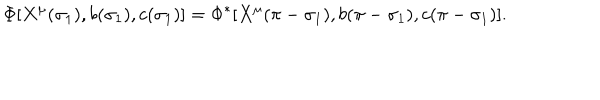
\Phi [ X ^ { \mu } ( \sigma _ { 1 } ) , b ( \sigma _ { 1 } ) , c ( \sigma _ { 1 } ) ] = \Phi ^ { * } [ X ^ { \mu } ( \pi - \sigma _ { 1 } ) , b ( \pi - \sigma _ { 1 } ) , c ( \pi - \sigma _ { 1 } ) ] .